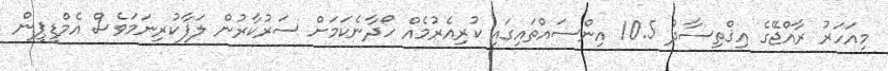
މިއަހަރު ރާއްޖޭގެ އިޤްތިސާދު 10.5 އިންސައްތައިގައި ކުރިއެރުމެއް ހޯދާނެކަމަށް ސަރުކާރުން ލަފާކުރިނަމަވެސް އެމްޑީޕީން